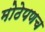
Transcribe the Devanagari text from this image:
मोठेपणच